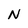
Character: N